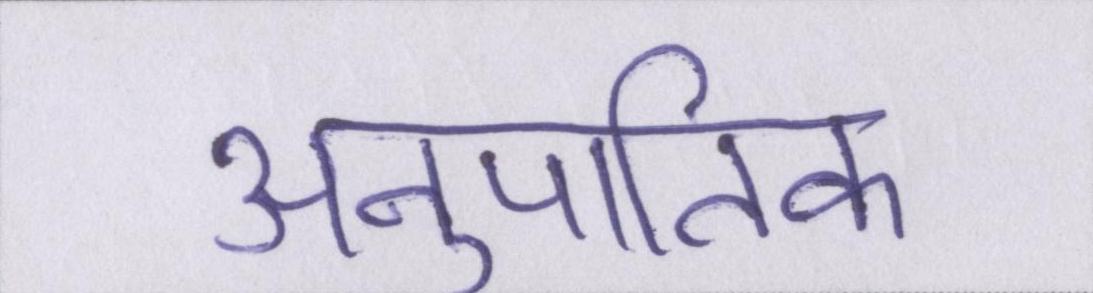
अनुपातिक